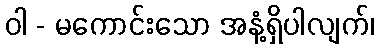
ဝါ - မကောင်းသော အနံ့ရှိပါလျက်၊